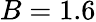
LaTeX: B=1.6